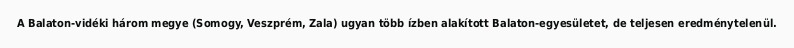
A Balaton-vidéki három megye (Somogy, Veszprém, Zala) ugyan több ízben alakított Balaton-egyesületet, de teljesen eredménytelenül.